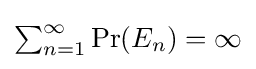
{\textstyle \sum _{n=1}^{\infty }\Pr(E_{n})=\infty }